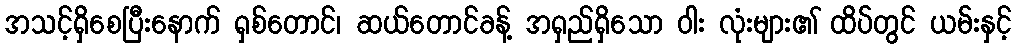
အသင့်ရှိစေပြီးနောက် ရှစ်တောင်၊ ဆယ်တောင်ခန့် အရှည်ရှိသော ဝါး လုံးများ၏ ထိပ်တွင် ယမ်းနှင့်